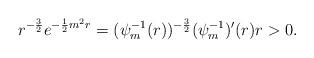
LaTeX: \begin{align*}r^{-\frac{3}{2}}e^{-\frac{1}{2}m^2r}= (\psi_m^{-1}(r))^{-\frac{3}{2}}(\psi_m^{-1})'(r) r>0.\end{align*}